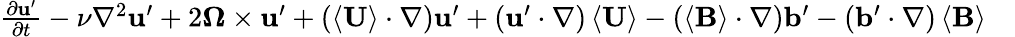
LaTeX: \begin{array}{rl}{\frac{\partial\mathbf{u}^{\prime}}{\partial t}-\nu\nabla^{2}\mathbf{u}^{\prime}+2\boldsymbol{\Omega}\times\mathbf{u}^{\prime}+\left(\left\langle\mathbf{U}\right\rangle\cdot\nabla\right)\mathbf{u}^{\prime}+\left(\mathbf{u}^{\prime}\cdot\nabla\right)\left\langle\mathbf{U}\right\rangle-\left(\left\langle\mathbf{B}\right\rangle\cdot\nabla\right)\mathbf{b}^{\prime}-\left(\mathbf{b}^{\prime}\cdot\nabla\right)\left\langle\mathbf{B}\right\rangle}&{{}}\end{array}